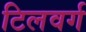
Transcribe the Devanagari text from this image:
टिलवर्ग